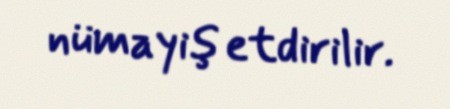
nümayiş etdirilir.